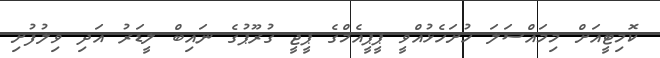
ކޮމިޓީއަށް މިމައްސަލަ ހުށަހެޅުއްވީ ޕީޕީއެމްގެ ޕީޖީ ގުރޫޕުގެ ނައިބް ލީޑަރު އަދި ވިލުފުށި